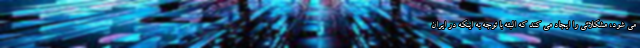
می شود، مشکلاتی را ایجاد می کند که البته با توجه به اینکه در ایران